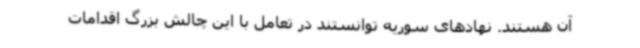
آن هستند. نهادهای سوریه توانستند در تعامل با این چالش بزرگ اقدامات